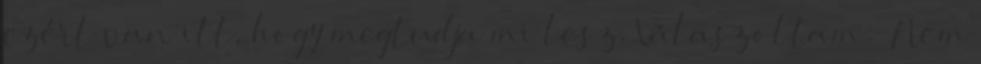
ezért van itt, hogy megtudja mi lesz. Válaszoltam: „Nem